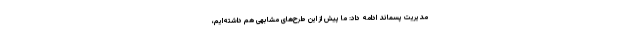
مدیریت پسماند ادامه داد: ما پیش از این طرح‌های مشابهی هم داشته‌ایم،